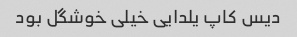
دیس کاپ یلدایی خیلی خوشگل بود